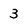
Character: 3